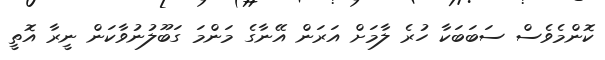
ކޮންމެވެސް ސަބަބަކާ ހުރެ ލާމަށް އަރަން އޭނާގެ މަންމަ ގަބޫލުނުވާކަން ނީރާ އޮތީ